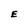
Character: E